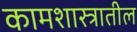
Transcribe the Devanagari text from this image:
कामशास्त्रातील